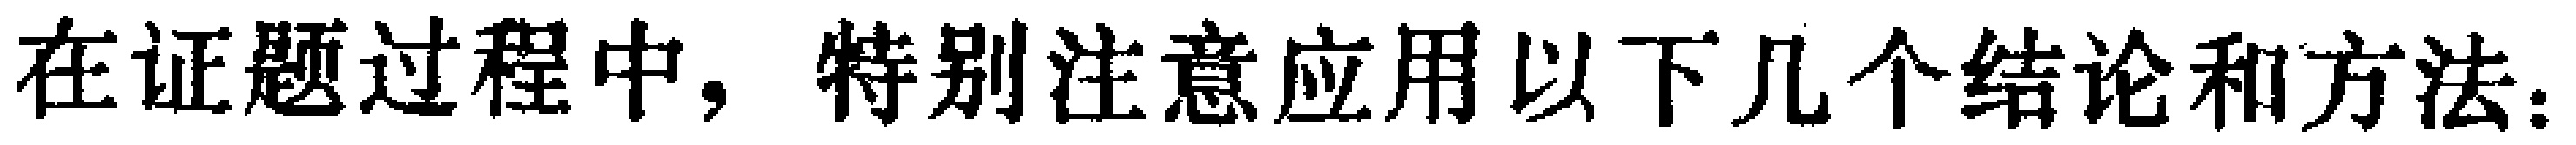
在证题过程中，特别注意应用以下几个结论和方法：